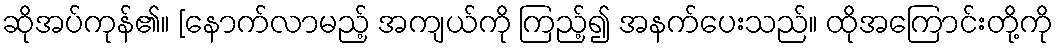
ဆိုအပ်ကုန်၏။ [နောက်လာမည့် အကျယ်ကို ကြည့်၍ အနက်ပေးသည်။ ထိုအကြောင်းတို့ကို